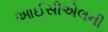
આઈસીએલની